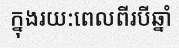
ក្នុងរយ:ពេលពីរបីឆ្នាំ